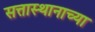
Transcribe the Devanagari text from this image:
सत्तास्थानाच्या